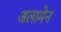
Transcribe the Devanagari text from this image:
अलामेन